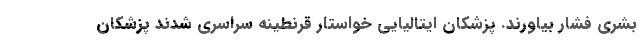
بشری فشار بیاورند. پزشکان ایتالیایی خواستار قرنطینه سراسری شدند پزشکان